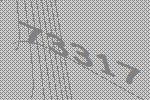
73317